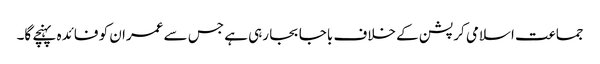
جماعت اسلامی کرپشن کے خلاف باجا بجا رہی ہے جس سے عمران کو فائدہ پہنچے گا۔